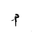
Letter: _mim